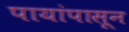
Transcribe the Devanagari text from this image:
पायांपासून